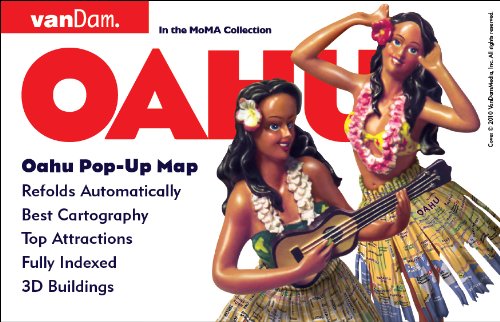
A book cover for Pop-Up Oahu Map by VanDam - City Street Map of Oahu, Hawaii - Laminated folding pocket size city travel map; Stephan Van Dam; Travel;